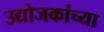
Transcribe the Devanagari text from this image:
उद्योजकांच्या